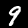
Label: 9